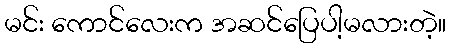
မင်း ကောင်လေးက အဆင်ပြေပါ့မလားတဲ့။